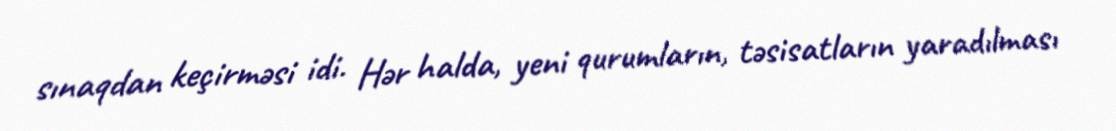
sınaqdan keçirməsi idi. Hər halda, yeni qurumların, təsisatların yaradılması